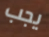
يجب